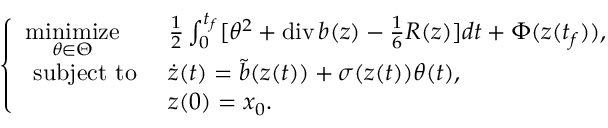
\left\{ \begin{array} { l l } { \underset { \theta \in \Theta } { \operatorname { m i n i m i z e } } } & { \frac { 1 } { 2 } \int _ { 0 } ^ { t _ { f } } [ \theta ^ { 2 } + \operatorname { d i v } b ( z ) - \frac { 1 } { 6 } R ( z ) ] d t + \Phi ( z ( t _ { f } ) ) , } \\ { \mathrm { ~ s u b j e c t ~ t o ~ } } & { \dot { z } ( t ) = \tilde { b } ( z ( t ) ) + \sigma ( z ( t ) ) \theta ( t ) , } \\ & { { z } ( 0 ) = x _ { 0 } . } \end{array} \right.